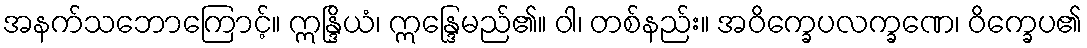
အနက်သဘောကြောင့်။ ဣန္ဒြိယံ၊ ဣန္ဒြေမည်၏။ ဝါ၊ တစ်နည်း။ အဝိက္ခေပလက္ခဏေ၊ ဝိက္ခေပ၏